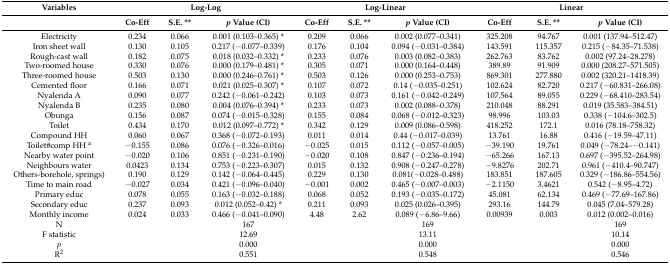
<table><thead><tr><td><b>Variables</b></td><td colspan="3"><b>Log-Log</b></td><td colspan="3"><b>Log-Linear</b></td><td colspan="3"><b>Linear</b></td></tr><tr><td></td><td><b>Co-Eff</b></td><td><b>S.E. **</b></td><td><b><i>p</i> Value (CI)</b></td><td><b>Co-Eff</b></td><td><b>S.E. **</b></td><td><b><i>p</i> Value (CI)</b></td><td><b>Co-Eff</b></td><td><b>S.E. **</b></td><td><b><i>p</i> Value (CI)</b></td></tr></thead><tbody><tr><td>Electricity</td><td>0.234</td><td>0.066</td><td>0.001 (0.103–0.365) *</td><td>0.209</td><td>0.066</td><td>0.002 (0.077–0.341)</td><td>325.208</td><td>94.767</td><td>0.001 (137.94–512.47)</td></tr><tr><td>Iron sheet wall</td><td>0.130</td><td>0.105</td><td>0.217 (−0.077–0.339)</td><td>0.176</td><td>0.104</td><td>0.094 (−0.031–0.384)</td><td>143.591</td><td>115.357</td><td>0.215 (−84.35–71.538)</td></tr><tr><td>Rough-cast wall</td><td>0.182</td><td>0.075</td><td>0.018 (0.032–0.332) *</td><td>0.233</td><td>0.076</td><td>0.003 (0.082–0.383)</td><td>262.763</td><td>83.762</td><td>0.002 (97.24–28.278)</td></tr><tr><td>Two-roomed house</td><td>0.330</td><td>0.076</td><td>0.000 (0.179–0.481) *</td><td>0.305</td><td>0.071</td><td>0.000 (0.164–0.448)</td><td>389.89</td><td>91.909</td><td>0.000 (208.27–571.505)</td></tr><tr><td>Three-roomed house</td><td>0.503</td><td>0.130</td><td>0.000 (0.246–0.761) *</td><td>0.503</td><td>0.126</td><td>0.000 (0.253–0.753)</td><td>869.301</td><td>277.880</td><td>0.002 (320.21–1418.39)</td></tr><tr><td>Cemented floor</td><td>0.166</td><td>0.071</td><td>0.021 (0.025–0.307) *</td><td>0.107</td><td>0.072</td><td>0.14 (−0.035–0.251)</td><td>102.624</td><td>82.720</td><td>0.217 (−60.831–266.08)</td></tr><tr><td>Nyalenda A</td><td>0.090</td><td>0.077</td><td>0.242 (−0.061–0.242)</td><td>0.103</td><td>0.073</td><td>0.161 (−0.042–0.249)</td><td>107.564</td><td>89.055</td><td>0.229 (−68.410–283.54)</td></tr><tr><td>Nyalenda B</td><td>0.235</td><td>0.080</td><td>0.004 (0.076–0.394) *</td><td>0.233</td><td>0.073</td><td>0.002 (0.088–0.378)</td><td>210.048</td><td>88.291</td><td>0.019 (35.583–384.51)</td></tr><tr><td>Obunga</td><td>0.156</td><td>0.087</td><td>0.074 (−0.015–0.328)</td><td>0.155</td><td>0.084</td><td>0.068 (−0.012–0.323)</td><td>98.996</td><td>103.03</td><td>0.338 (−104.6–302.5)</td></tr><tr><td>Toilet</td><td>0.434</td><td>0.170</td><td>0.012 (0.097–0.772) *</td><td>0.342</td><td>0.129</td><td>0.009 (0.086–0.598)</td><td>418.252</td><td>172.1</td><td>0.016 (78.18–758.32)</td></tr><tr><td>Compound HH</td><td>0.060</td><td>0.067</td><td>0.368 (−0.072–0.193)</td><td>0.011</td><td>0.014</td><td>0.44 (−0.017–0.039)</td><td>13.761</td><td>16.88</td><td>0.416 (−19.59–47.11)</td></tr><tr><td>Toilet#comp HH <sup>a</sup></td><td>−0.155</td><td>0.086</td><td>0.076 (−0.326–0.016)</td><td>−0.025</td><td>0.015</td><td>0.112 (−0.057–0.005)</td><td>−39.190</td><td>19.761</td><td>0.049 (−78.24–−0.141)</td></tr><tr><td>Nearby water point</td><td>−0.020</td><td>0.106</td><td>0.851 (−0.231–0.190)</td><td>−0.020</td><td>0.108</td><td>0.847 (−0.236–0.194)</td><td>−65.266</td><td>167.13</td><td>0.697 (−395.52–264.98)</td></tr><tr><td>Neighbours water</td><td>0.0423</td><td>0.134</td><td>0.753 (−0.223–0.307)</td><td>0.015</td><td>0.132</td><td>0.908 (−0.247–0.278)</td><td>−9.8276</td><td>202.71</td><td>0.961 (−410.4–90.747)</td></tr><tr><td>Others-borehole, springs)</td><td>0.190</td><td>0.129</td><td>0.142 (−0.064–0.445)</td><td>0.229</td><td>0.130</td><td>0.081(−0.028–0.488)</td><td>183.851</td><td>187.605</td><td>0.329 (−186.86–554.56)</td></tr><tr><td>Time to main road</td><td>−0.027</td><td>0.034</td><td>0.421 (−0.096–0.040)</td><td>−0.001</td><td>0.002</td><td>0.465 (−0.007–0.003)</td><td>−2.1150</td><td>3.4621</td><td>0.542 (−8.95–4.72)</td></tr><tr><td>Primary educ</td><td>0.078</td><td>0.055</td><td>0.163 (−0.032–0.188)</td><td>0.068</td><td>0.052</td><td>0.193 (−0.035–0.172)</td><td>45.081</td><td>62.134</td><td>0.469 (−77.69–167.86)</td></tr><tr><td>Secondary educ</td><td>0.237</td><td>0.093</td><td>0.012 (0.052–0.42) *</td><td>0.211</td><td>0.093</td><td>0.025 (0.026–0.395)</td><td>293.16</td><td>144.79</td><td>0.045 (7.04–579.28)</td></tr><tr><td>Monthly income</td><td>0.024</td><td>0.033</td><td>0.466 (−0.041–0.090)</td><td>4.48</td><td>2.62</td><td>0.089 (−6.86–9.66)</td><td>0.00939</td><td>0.003</td><td>0.012 (0.002–0.016)</td></tr><tr><td>N</td><td></td><td></td><td>167</td><td></td><td></td><td>169</td><td></td><td></td><td>169</td></tr><tr><td>F statistic</td><td></td><td></td><td>12.69</td><td></td><td></td><td>13.11</td><td></td><td></td><td>10.14</td></tr><tr><td><i>p</i></td><td></td><td></td><td>0.000</td><td></td><td></td><td>0.000</td><td></td><td></td><td>0.000</td></tr><tr><td>R<sup>2</sup></td><td></td><td></td><td>0.551</td><td></td><td></td><td>0.548</td><td></td><td></td><td>0.546</td></tr></tbody></table>